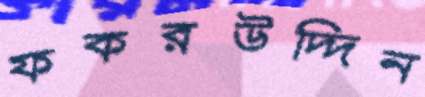
ফকরউদ্দিন